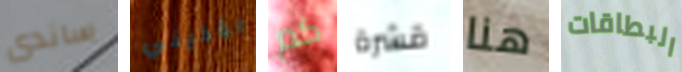
ساندى يؤذيني كم قشرة هنا البطاقات